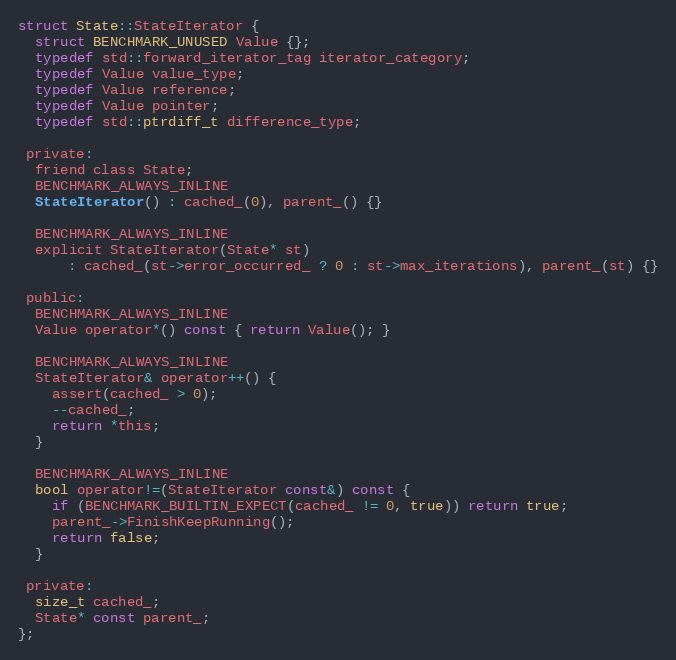
Language: C
struct State::StateIterator {
  struct BENCHMARK_UNUSED Value {};
  typedef std::forward_iterator_tag iterator_category;
  typedef Value value_type;
  typedef Value reference;
  typedef Value pointer;
  typedef std::ptrdiff_t difference_type;

 private:
  friend class State;
  BENCHMARK_ALWAYS_INLINE
  StateIterator() : cached_(0), parent_() {}

  BENCHMARK_ALWAYS_INLINE
  explicit StateIterator(State* st)
      : cached_(st->error_occurred_ ? 0 : st->max_iterations), parent_(st) {}

 public:
  BENCHMARK_ALWAYS_INLINE
  Value operator*() const { return Value(); }

  BENCHMARK_ALWAYS_INLINE
  StateIterator& operator++() {
    assert(cached_ > 0);
    --cached_;
    return *this;
  }

  BENCHMARK_ALWAYS_INLINE
  bool operator!=(StateIterator const&) const {
    if (BENCHMARK_BUILTIN_EXPECT(cached_ != 0, true)) return true;
    parent_->FinishKeepRunning();
    return false;
  }

 private:
  size_t cached_;
  State* const parent_;
};